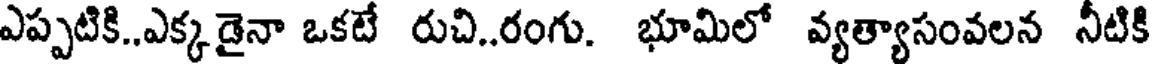
ఎప్పటికి..ఎక్కడైనా ఒకటే రుచి..రంగు. భూమిలో వ్యత్యాసంవలన నీటికి